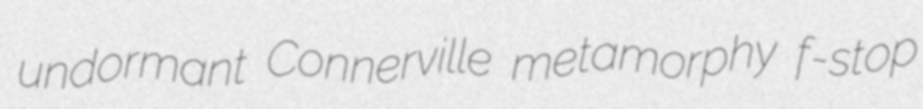
undormant Connerville metamorphy f-stop